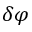
\delta \varphi